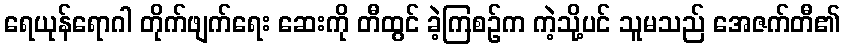
ရေယုန်ရောဂါ တိုက်ဖျက်ရေး ဆေးကို တီထွင် ခဲ့ကြစဉ်က ကဲ့သို့ပင် သူမသည် အေဇက်တီ၏